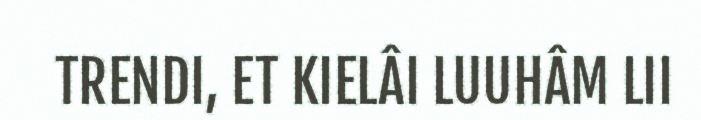
TRENDI, ET KIELÂI LUUHÂM LII